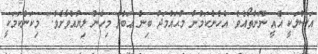
އަސްލަކީ އެއީ ނޫންތޯއެވެ. އެހެންކަމުން މުޙައްމަދު ބިން ޢަބްދު މިހެން ލިޔުއްވާށެވެ." މިކަންކަމަކީ